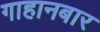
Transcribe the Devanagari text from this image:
गाहानबार